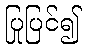
ပြုပြင်၍